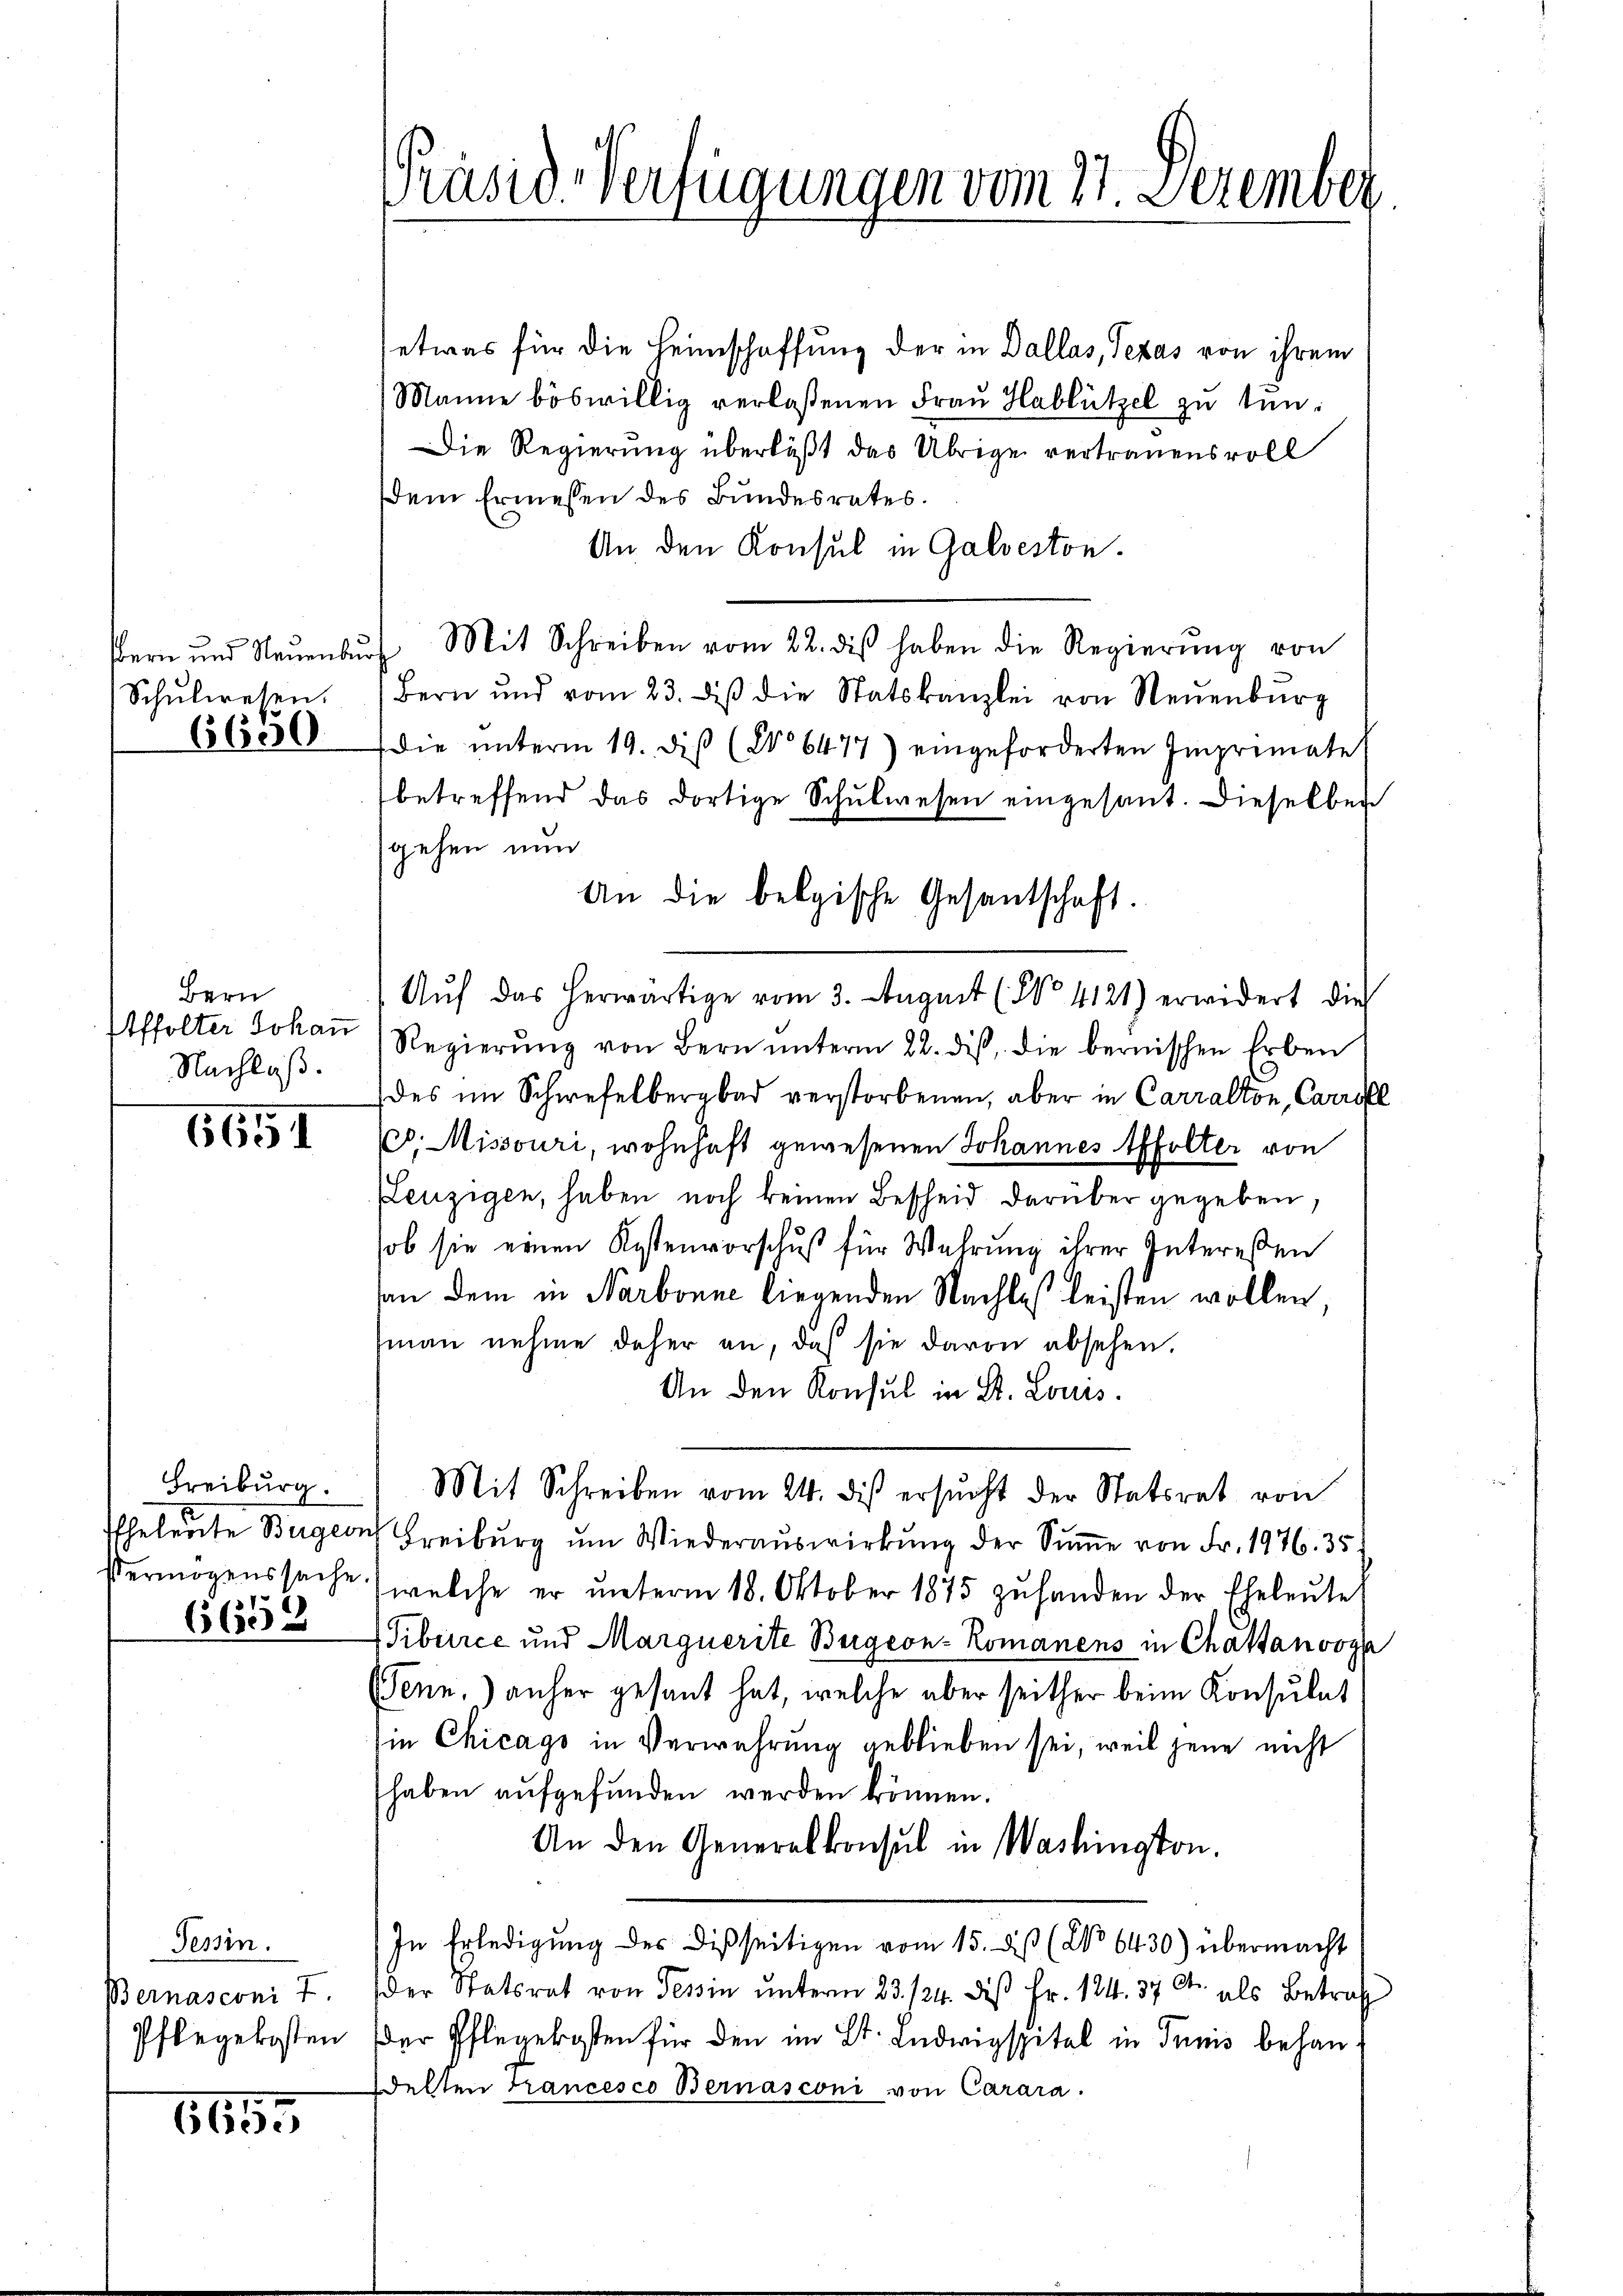
Bern und Neuenbur
Schŭlwesen.
6600

Bern
Affolter Johann
Nachlaß.

6651

Freiburg.
Ifheleute Bürger
Vermögenssache
6658

Tessin.
Bernasconi 7.
Pflegekosten

1655

Präsid-Verfügungen vom 27. Dezember

etwas für die Heimschaffung der in Dallas, Texas von ihrem
Manne böswillig verlaßenen Fraŭ Hablützel zu tun.
Die Regierung überläßt das Übrige vertrauensvoll
dem Ermessen des Bundesrates.
An den Konsul in Galveston.
of Mit Schreiben vom 22. diβ haben die Regierŭng von
Bern und vom 23. diβ die Statskanzlei von Neuenburg
die ŭnterm 19. diβ (No 6477) eingeforderten Imprimate
betreffend das dortige Schŭlwesen eingesant. Dieselben
gehen nun
Regierŭng von Bern ŭnterm 22. dieß, die bernischen Erben
(des im Schwefelbergbad verstorbenen, aber in Carralton, Carrufl
p. Missouri, wohnhaft gewesenen Johannes Affolter von
Leuzigen, haben noch keinen Bescheid darüber gegeben,
sob sie einen Kostenvorschuß für Wahrung ihrer Interessen
an dem in Narbonne liegenden Nachtes leisten wollen
man nehme daher an, daß sie davon absehen.
An den Konsul in St. Louis.
Mit Schreiben vom 24. dis ersŭcht der Statsrat von
ch Freiburg ŭm Wiederauswirkung der Sŭṁe von Fr. 1976. 35.
welche er ŭnterm 18. Oktober 1875 zŭ handen der Eheleute
Tiburce und Marguerite Burgeon - Romanens in Chattanooza
(Senn, anher gesant hat, welche aber seither beim Konsulat
in Chicago in Verwahrung geblieben sei, weil jene nicht
haben aufgefunden werden können.
An den Generalkonsul in Washington.
In Erledigung des Disseitigen vom 15. dß (No 6430) übermacht
der Statsrat von Tessin unterm 23. 124. des Fr. 124. 37 Ct. als Betraf
Der Pflegekosten für den im St. Ludwigspital in Tunis behandelten Trancesco Bernasconi von Carara.

An die belgische Gesantschaft.
Aŭf das herwärtige vom 3. August (§ 4121) erwidert die